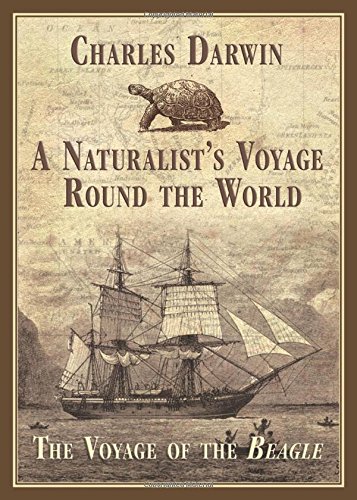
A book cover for A Naturalist's Voyage Round the World: The Voyage of the Beagle; Charles Darwin; Biographies & Memoirs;